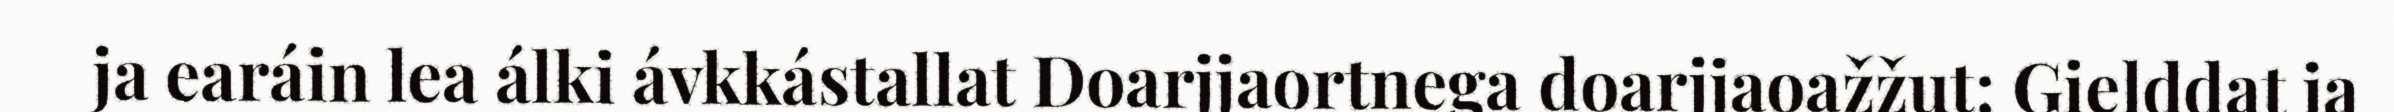
ja earáin lea álki ávkkástallat Doarjjaortnega doarjjaoažžut: Gielddat ja